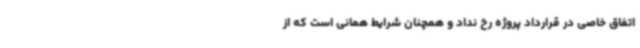
اتفاق خاصی در قرارداد پروژه رخ نداد و همچنان شرایط همانی است که از